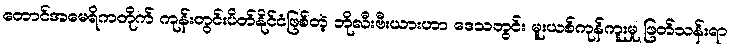
တောင်အမေရိကတိုက် ကုန်းတွင်းပိတ်နိုင်ငံဖြစ်တဲ့ ဘိုလီးဗီးယားဟာ ဒေသတွင်း မူးယစ်ကုန်ကူးမှု ဖြတ်သန်းရာ